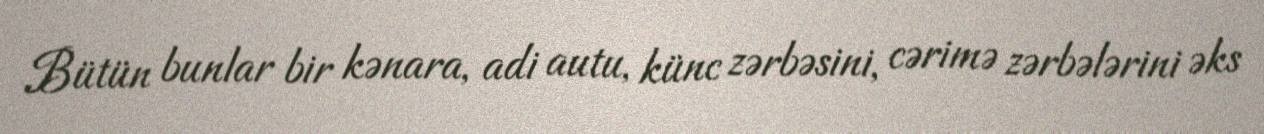
Bütün bunlar bir kənara, adi autu, künc zərbəsini, cərimə zərbələrini əks